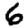
Digit: 6